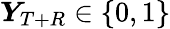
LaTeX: \boldsymbol Y_{T+R}\in\{ 0,1\}